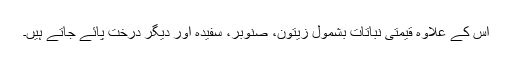
اس کے علاوہ قیمتی نباتات بشمول زیتون، صنوبر، سفیدہ اور دیگر درخت پائے جاتے ہیں۔